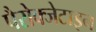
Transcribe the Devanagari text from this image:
पैरोक्जेटाइन